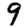
Digit: 9